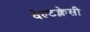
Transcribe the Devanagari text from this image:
वेल्टक्लेसी